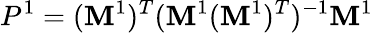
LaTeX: P^{1}=(\mathbf{M}^{1})^{T}(\mathbf{M}^{1}(\mathbf{M}^{1})^{T})^{-1}\mathbf{M}^{1}